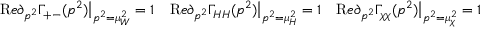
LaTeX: { \mathrm R e } \partial _ { p ^ { 2 } } \Gamma _ { + - } ( p ^ { 2 } ) \big | _ { p ^ { 2 } = \mu _ { W } ^ { 2 } } = 1 \quad { \mathrm R e } \partial _ { p ^ { 2 } } \Gamma _ { H H } ( p ^ { 2 } ) \big | _ { p ^ { 2 } = \mu _ { H } ^ { 2 } } = 1 \quad { \mathrm R e } \partial _ { p ^ { 2 } } \Gamma _ { \chi \chi } ( p ^ { 2 } ) \big | _ { p ^ { 2 } = \mu _ { \chi } ^ { 2 } } = 1